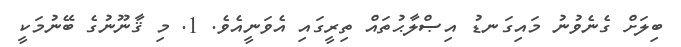
ބިލަށް ގެނެވުނު މައިގަނޑު އިޞްލާޙުތައް ތިރީގައި އެވަނީއެވެ. 1. މި ޤާނޫނުގެ ބޭނުމަކީ